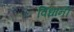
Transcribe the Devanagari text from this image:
विधानी